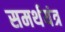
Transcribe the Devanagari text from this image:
समर्थयंत्र